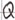
Text: Q